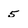
Character: 5